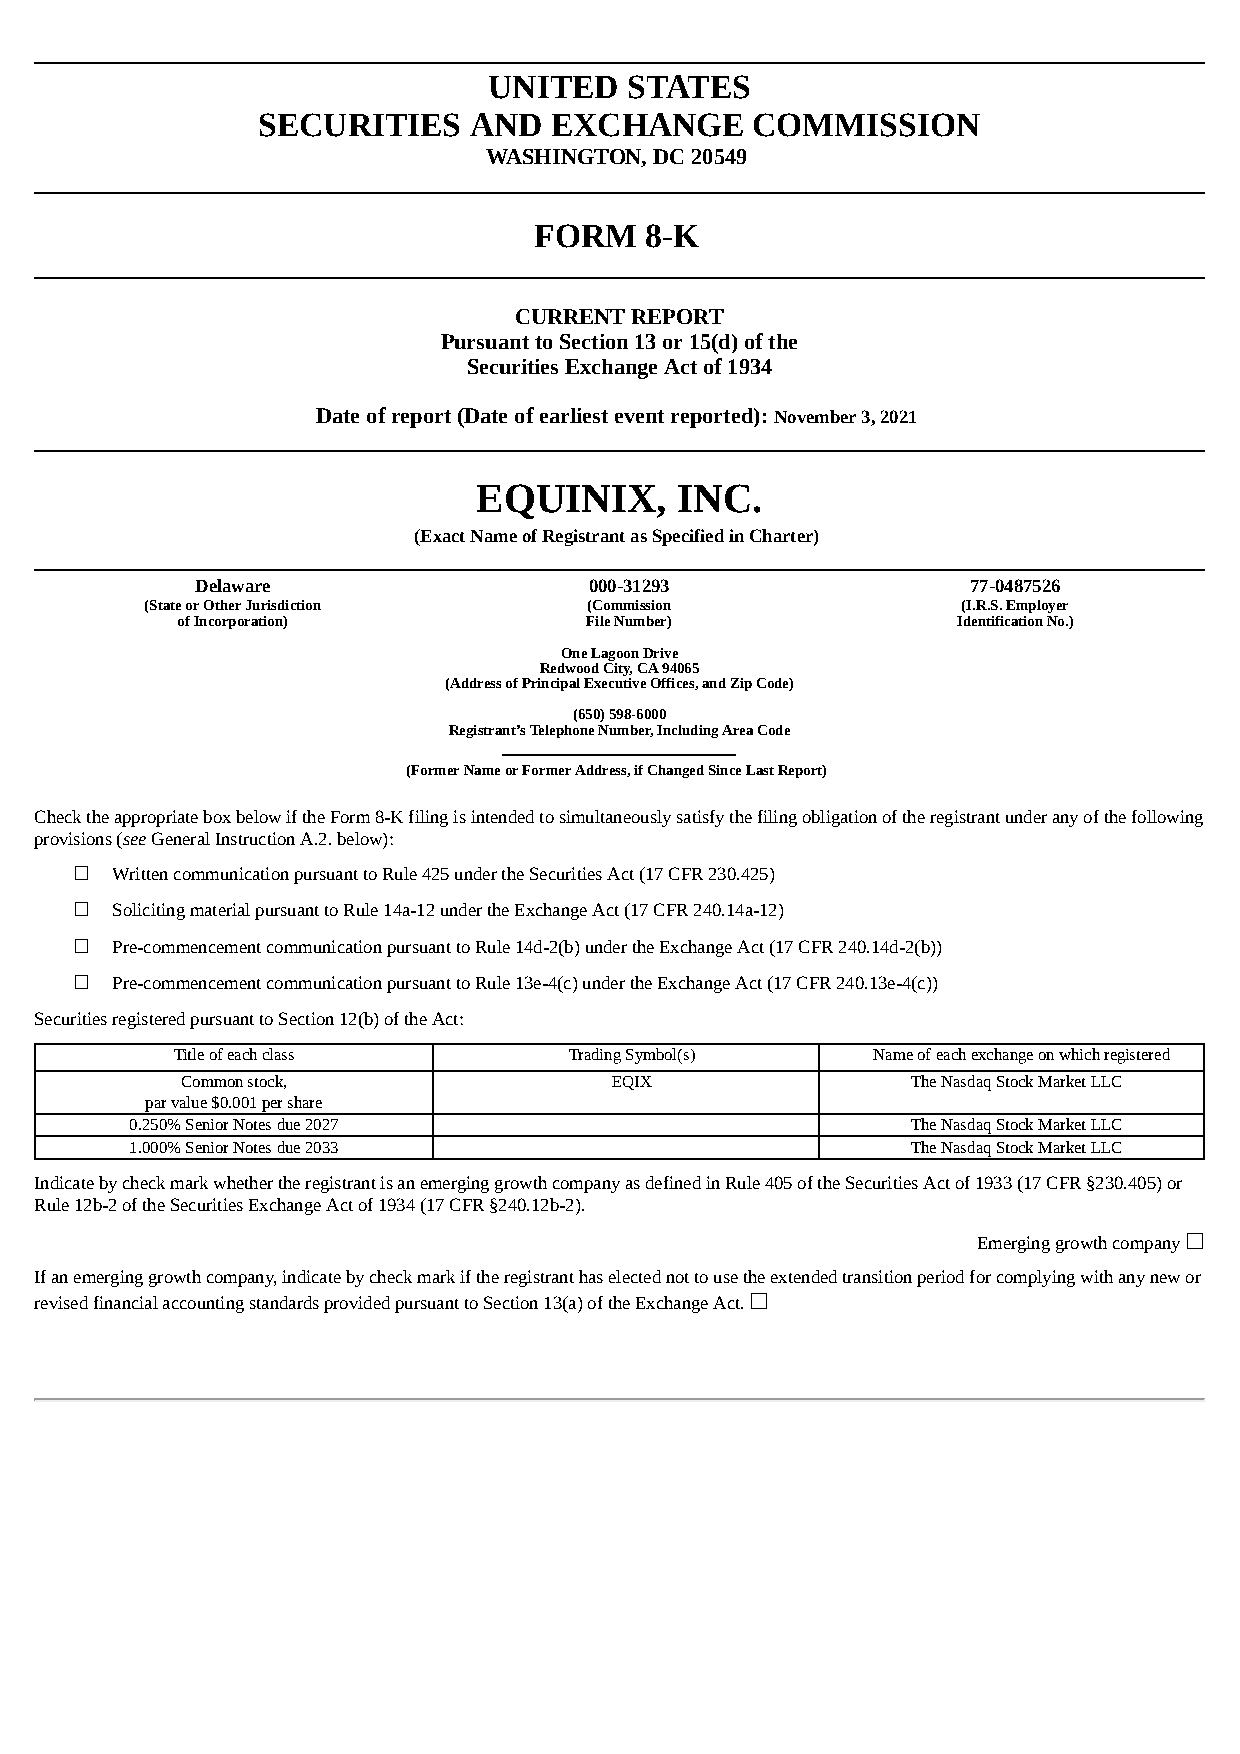
UNITED   STATES
 SECURITIES    AND  EXCHANGE      COMMISSION
 WASHINGTON, DC 20549
 FORM    8-K
 CURRENT REPORT
 Pursuant to Section 13 or 15(d) of the
 Securities Exchange Act of 1934
 Date of report (Date of earliest event reported): November 3, 2021
 EQUINIX,     INC.
 (Exact Name of Registrant as Specified in Charter)
 Delaware                  000-31293                77-0487526
 (State or Other Jurisdiction (Commission              (I.R.S. Employer
 of Incorporation)          File Number)            Identification No.)
 One Lagoon Drive
 Redwood City, CA 94065
 (Address of Principal Executive Offices, and Zip Code)
 (650) 598-6000
 Registrant’s Telephone Number, Including Area Code
 (Former Name or Former Address, if Changed Since Last Report)
 Check the appropriate box below if the Form 8-K filing is intended to simultaneously satisfy the filing obligation of the registrant under any of the following
 provisions (see General Instruction A.2. below):
 ☐ Written communication pursuant to Rule 425 under the Securities Act (17 CFR 230.425)
 ☐ Soliciting material pursuant to Rule 14a-12 under the Exchange Act (17 CFR 240.14a-12)
 ☐ Pre-commencement communication pursuant to Rule 14d-2(b) under the Exchange Act (17 CFR 240.14d-2(b))
 ☐ Pre-commencement communication pursuant to Rule 13e-4(c) under the Exchange Act (17 CFR 240.13e-4(c))
 Securities registered pursuant to Section 12(b) of the Act:
 Title of each class        Trading Symbol(s)   Name of each exchange on which registered
 Common stock,               EQIX                The Nasdaq Stock Market LLC
 par value $0.001 per share
 0.250% Senior Notes due 2027                       The Nasdaq Stock Market LLC
 1.000% Senior Notes due 2033                       The Nasdaq Stock Market LLC
 Indicate by check mark whether the registrant is an emerging growth company as defined in Rule 405 of the Securities Act of 1933 (17 CFR §230.405) or
 Rule 12b-2 of the Securities Exchange Act of 1934 (17 CFR §240.12b-2).
 Emerging growth company ☐
 If an emerging growth company, indicate by check mark if the registrant has elected not to use the extended transition period for complying with any new or
 revised financial accounting standards provided pursuant to Section 13(a) of the Exchange Act. ☐